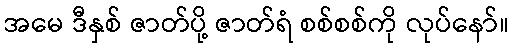
အမေ ဒီနှစ် ဇာတ်ပို့ ဇာတ်ရံ စစ်စစ်ကို လုပ်နော်။